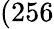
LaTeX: (256